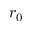
r _ { 0 }